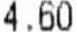
4.60